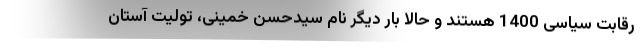
رقابت سیاسی 1400 هستند و حالا بار دیگر نام سیدحسن خمینی، تولیت آستان